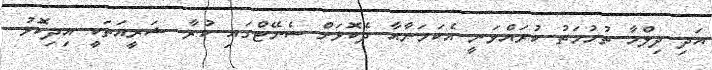
އަދި ދިލްމާ ތުހުމަތު ކުރައްވަނީ އެކަމަނާއާ ދެކޮޅަށް ސެނޭޓްގައި ކުރާ ޝަރީއަތަކީ އިދިކޮޅު